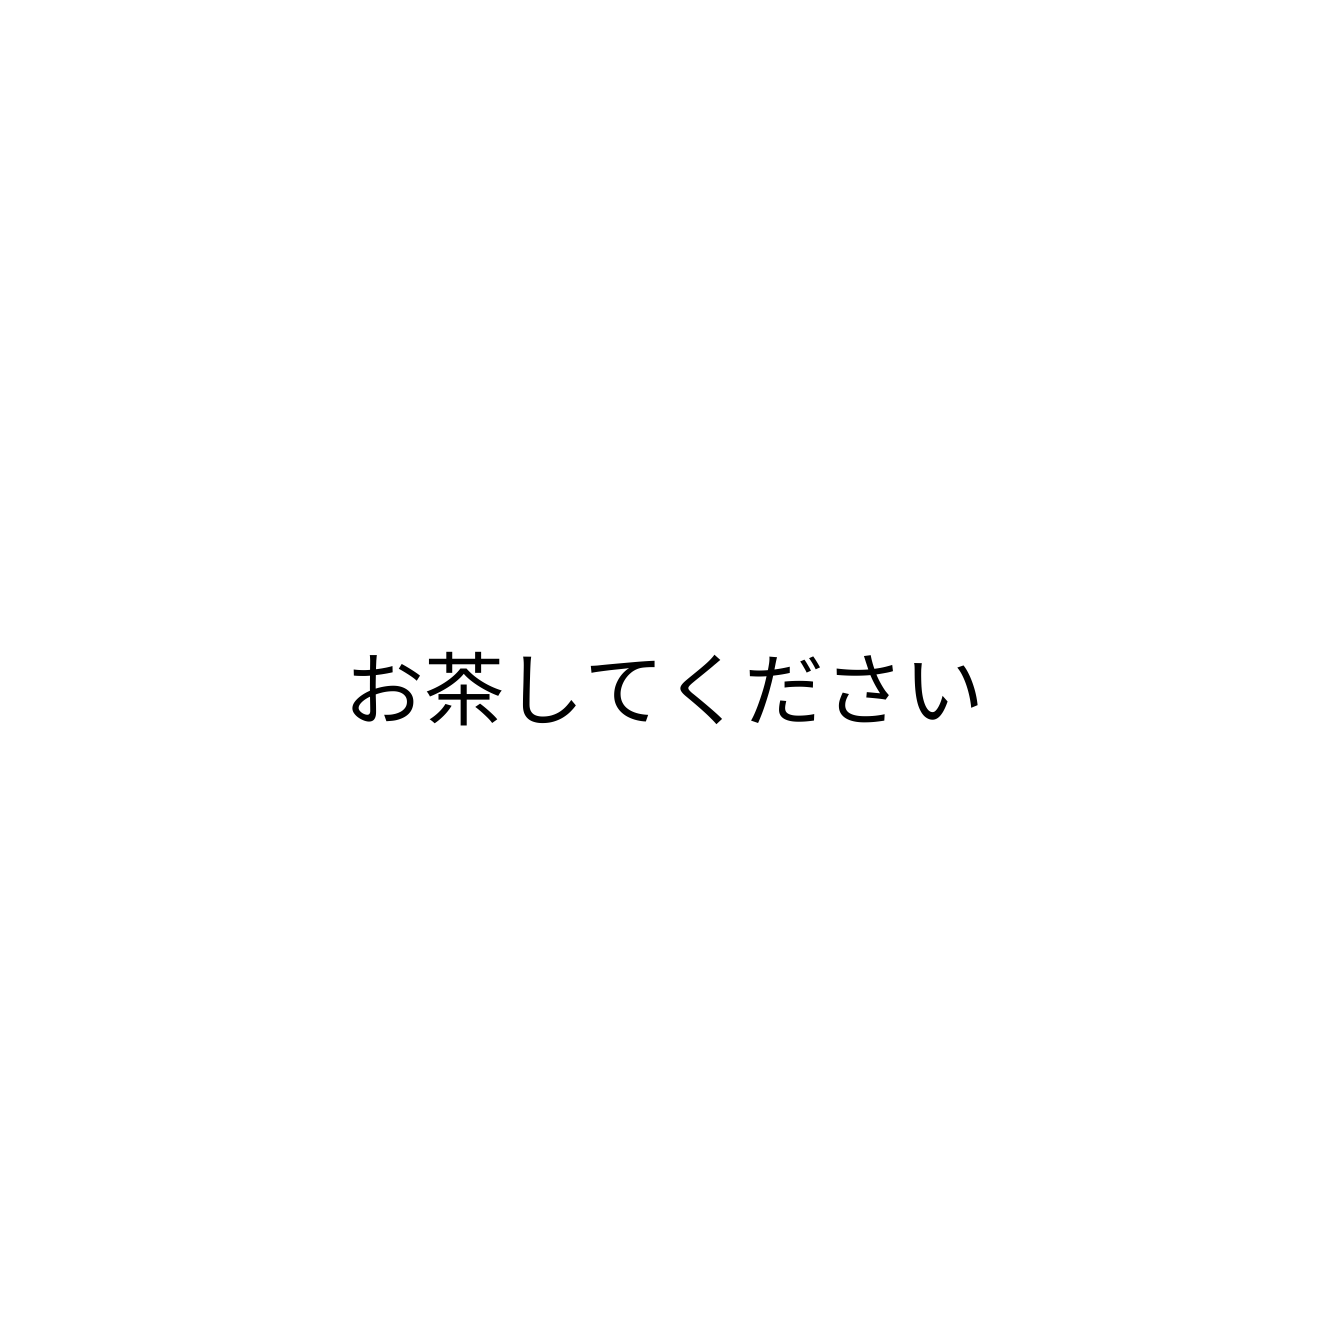
お茶してください